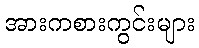
အားကစားကွင်းများ